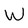
Character: W